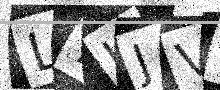
Text: L7UJVK